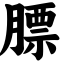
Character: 膘